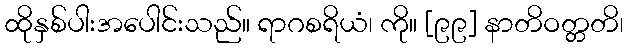
ထိုနှစ်ပါးအပေါင်းသည်။ ရာဂစရိယံ၊ ကို။ [၉၉] နာတိဝတ္တတိ၊